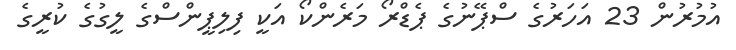
އުމުރުން 23 އަހަރުގެ ސްޕޭނުގެ ޕެޑްރޯ މަރެންކޯ އަކީ ފިލިޕީންސްގެ ލީގުގެ ކުރީގެ